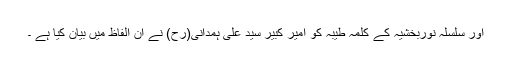
اور سلسلہ نوربخشیہ کے کلمہ طیبہ کو امیر کبیر سید علی ہمدانی(رح) نے ان الفاظ میں بیان کیا ہے ۔